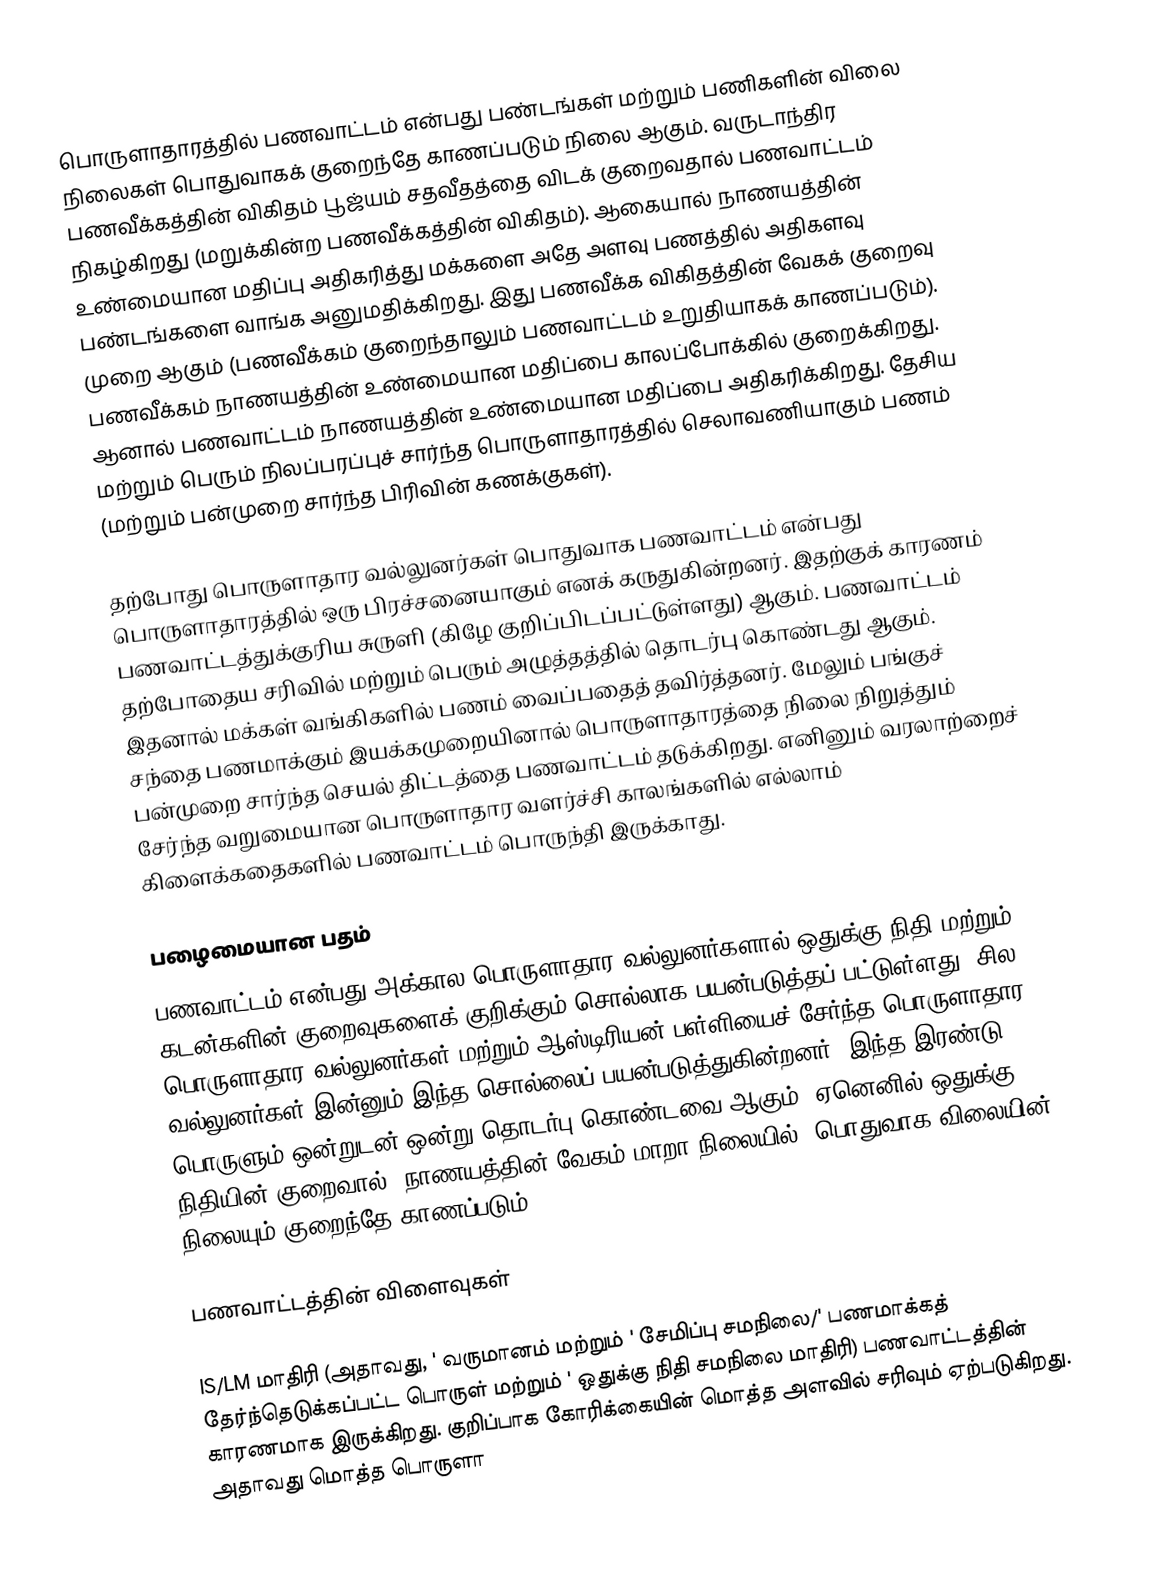
பொருளாதாரத்தில் பணவாட்டம் என்பது பண்டங்கள் மற்றும் பணிகளின் விலை நிலைகள் பொதுவாகக் குறைந்தே காணப்படும் நிலை ஆகும். வருடாந்திர பணவீக்கத்தின் விகிதம் பூஜ்யம் சதவீதத்தை விடக் குறைவதால் பணவாட்டம் நிகழ்கிறது (மறுக்கின்ற பணவீக்கத்தின் விகிதம்). ஆகையால் நாணயத்தின் உண்மையான மதிப்பு அதிகரித்து மக்களை அதே அளவு பணத்தில் அதிகளவு பண்டங்களை வாங்க அனுமதிக்கிறது. இது பணவீக்க விகிதத்தின் வேகக் குறைவு முறை ஆகும் (பணவீக்கம் குறைந்தாலும் பணவாட்டம் உறுதியாகக் காணப்படும்). பணவீக்கம் நாணயத்தின் உண்மையான மதிப்பை காலப்போக்கில் குறைக்கிறது. ஆனால் பணவாட்டம் நாணயத்தின் உண்மையான மதிப்பை அதிகரிக்கிறது. தேசிய மற்றும் பெரும் நிலப்பரப்புச் சார்ந்த பொருளாதாரத்தில் செலாவணியாகும் பணம் (மற்றும் பன்முறை சார்ந்த பிரிவின் கணக்குகள்).

தற்போது பொருளாதார வல்லுனர்கள் பொதுவாக பணவாட்டம் என்பது பொருளாதாரத்தில் ஒரு பிரச்சனையாகும் எனக் கருதுகின்றனர். இதற்குக் காரணம் பணவாட்டத்துக்குரிய சுருளி (கிழே குறிப்பிடப்பட்டுள்ளது) ஆகும். பணவாட்டம் தற்போதைய சரிவில் மற்றும் பெரும் அழுத்தத்தில் தொடர்பு கொண்டது ஆகும். இதனால் மக்கள் வங்கிகளில் பணம் வைப்பதைத் தவிர்த்தனர். மேலும் பங்குச் சந்தை பணமாக்கும் இயக்கமுறையினால் பொருளாதாரத்தை நிலை நிறுத்தும் பன்முறை சார்ந்த செயல் திட்டத்தை பணவாட்டம் தடுக்கிறது. எனினும் வரலாற்றைச் சேர்ந்த வறுமையான பொருளாதார வளர்ச்சி காலங்களில் எல்லாம் கிளைக்கதைகளில் பணவாட்டம் பொருந்தி இருக்காது.

பழைமையான பதம்
பணவாட்டம் என்பது அக்கால பொருளாதார வல்லுனர்களால் ஒதுக்கு நிதி மற்றும் கடன்களின் குறைவுகளைக் குறிக்கும் சொல்லாக பயன்படுத்தப் பட்டுள்ளது. சில பொருளாதார வல்லுனர்கள் மற்றும் ஆஸ்டிரியன்-பள்ளியைச் சேர்ந்த பொருளாதார வல்லுனர்கள் இன்னும் இந்த சொல்லைப் பயன்படுத்துகின்றனர். இந்த இரண்டு பொருளும் ஒன்றுடன் ஒன்று தொடர்பு கொண்டவை ஆகும். ஏனெனில் ஒதுக்கு நிதியின் குறைவால் (நாணயத்தின் வேகம் மாறா நிலையில்) பொதுவாக விலையின் நிலையும் குறைந்தே காணப்படும்.

பணவாட்டத்தின் விளைவுகள்

IS/LM மாதிரி (அதாவது, ' வருமானம் மற்றும் ' சேமிப்பு சமநிலை/' பணமாக்கத் தேர்ந்தெடுக்கப்பட்ட பொருள் மற்றும் ' ஒதுக்கு நிதி சமநிலை மாதிரி) பணவாட்டத்தின் காரணமாக இருக்கிறது. குறிப்பாக கோரிக்கையின் மொத்த அளவில் சரிவும் ஏற்படுகிறது. அதாவது மொத்த பொருளா